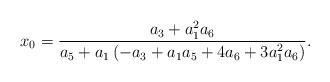
LaTeX: \begin{align*}x_0=\frac{a_3 + a_1^2 a_6}{a_5 + a_1 \left(-a_3 + a_1 a_5 + 4 a_6 + 3 a_1^2 a_6\right)}.\end{align*}